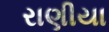
રાણીયા